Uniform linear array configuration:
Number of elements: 4
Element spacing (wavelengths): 0.75
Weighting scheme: kaiser
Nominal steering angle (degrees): -45
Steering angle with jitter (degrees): -44.036
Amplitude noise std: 0.05
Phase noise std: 0.05

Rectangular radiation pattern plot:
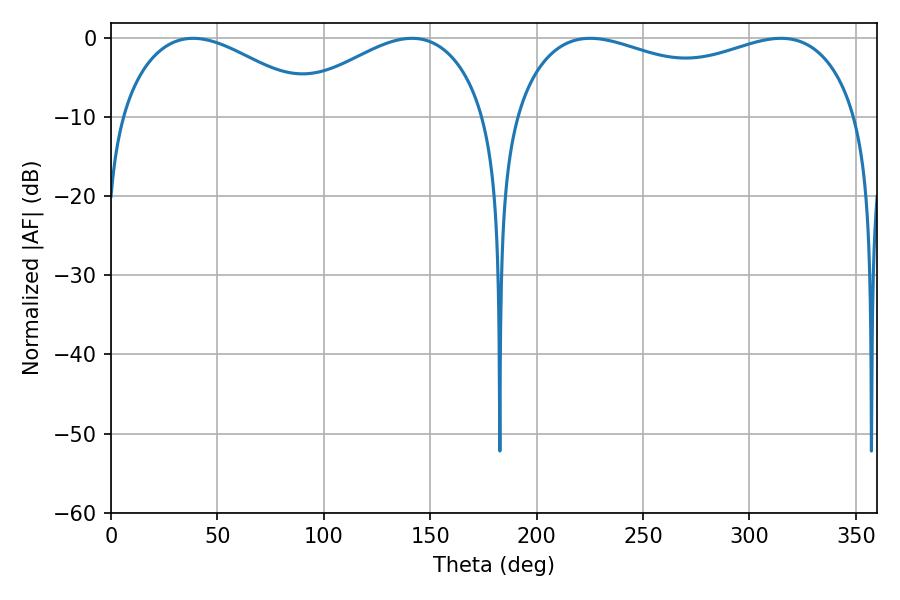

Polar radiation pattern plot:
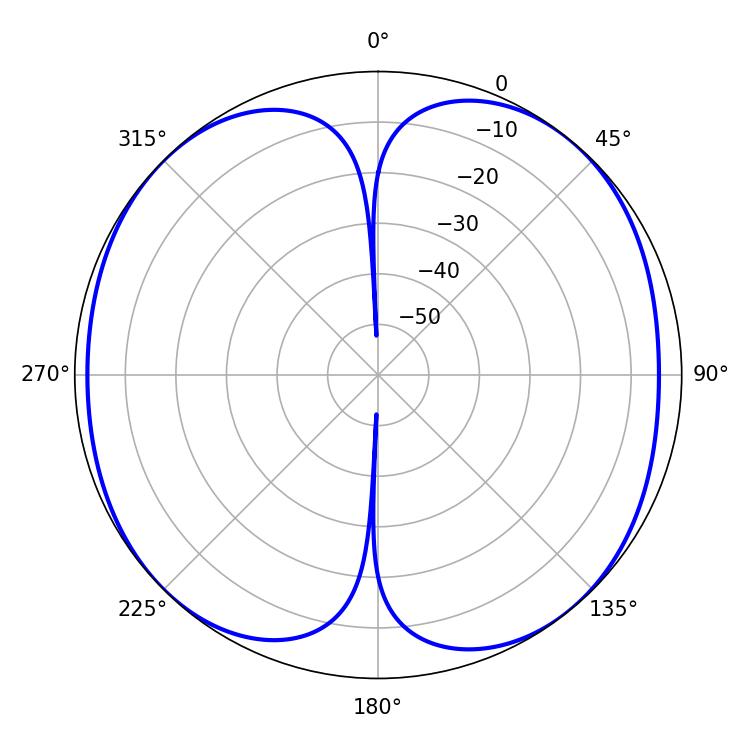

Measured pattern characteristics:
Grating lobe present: TRUE
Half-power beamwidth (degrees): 133.2
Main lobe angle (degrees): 225.18